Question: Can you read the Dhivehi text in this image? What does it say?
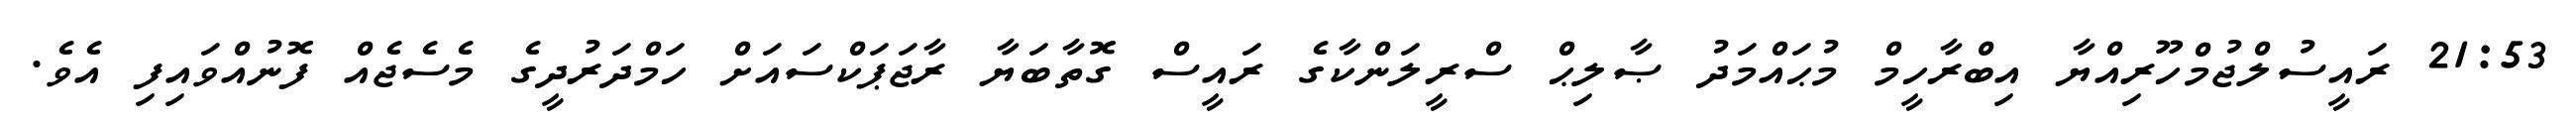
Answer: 21:53 ރައީސުލްޖުމްހޫރިއްޔާ އިބްރާހީމް މުޙައްމަދު ޞާލިޙް ސްރީލަންކާގެ ރައީސް ގޮތާބަޔާ ރާޖަޕަކްސައަށް ހަމްދަރުދީގެ މެސެޖެއް ފޮނުއްވައިފި އެވެ.